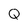
Character: Q